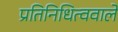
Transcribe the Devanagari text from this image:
प्रतिनिधित्ववाले